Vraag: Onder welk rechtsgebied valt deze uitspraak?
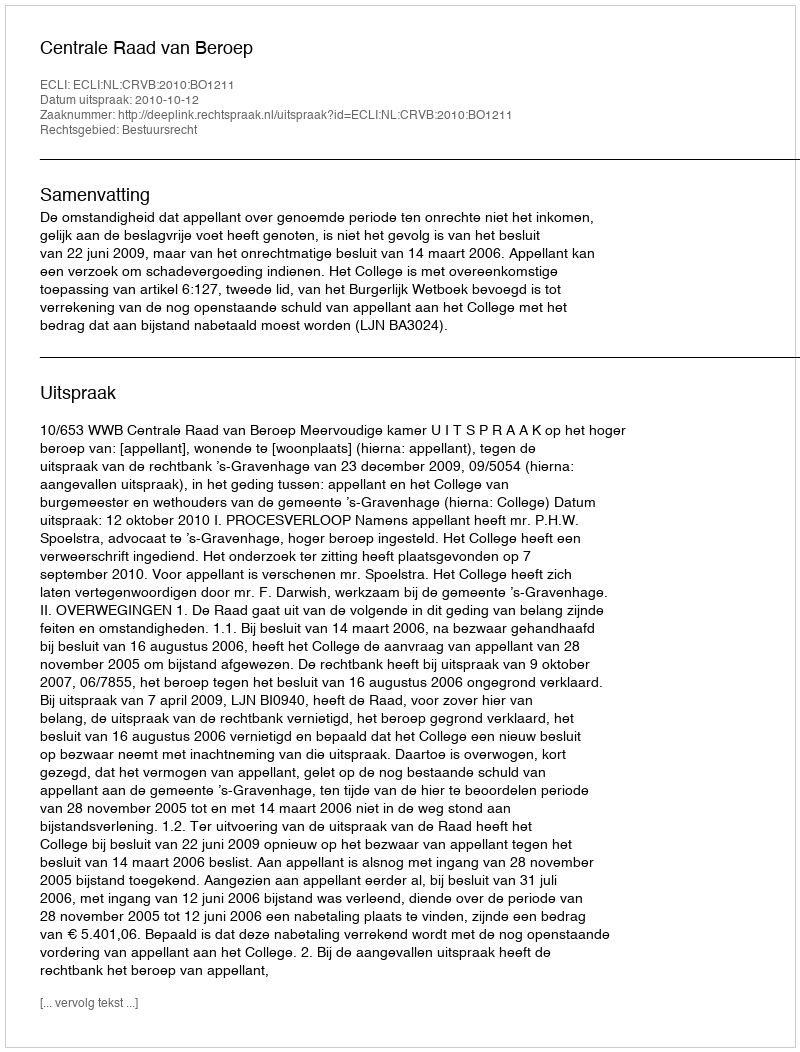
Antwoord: Bestuursrecht